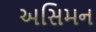
અસિમન